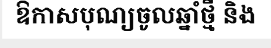
ឱកាសបុណ្យចូលឆ្នាំថ្មី និង